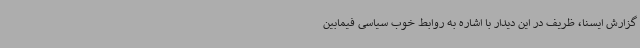
گزارش ایسنا، ظریف در این دیدار با اشاره به روابط خوب سیاسی فیمابین